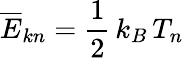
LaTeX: \overline{{E}}_{kn}=\frac{1}{2}\, k_{B}\, T_{n}